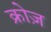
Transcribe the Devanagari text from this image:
क्रोज़